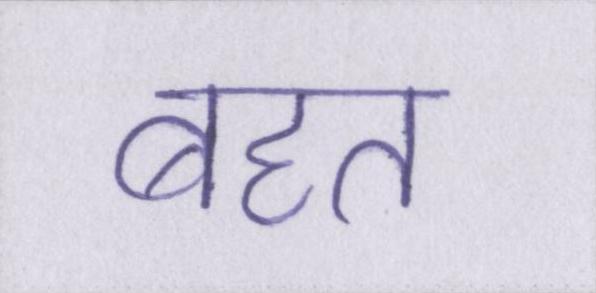
बहत